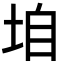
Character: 垍